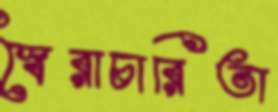
স্বৈরাচারিতা